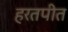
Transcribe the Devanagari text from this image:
हरतपीत